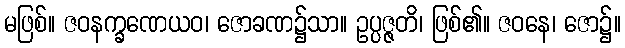
မဖြစ်။ ဇဝနက္ခဏေယဝ၊ ဇောခဏ၌သာ။ ဥပ္ပဇ္ဇတိ၊ ဖြစ်၏။ ဇဝနေ၊ ဇော၌။